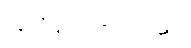
လူသိများလာပါသည်။